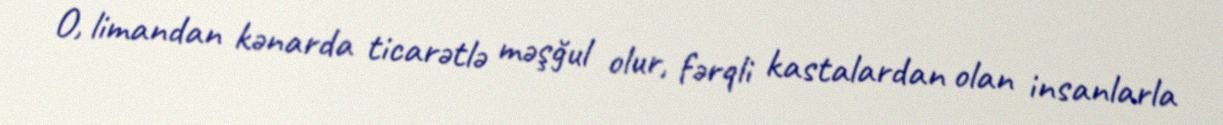
O, limandan kənarda ticarətlə məşğul olur, fərqli kastalardan olan insanlarla